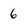
Character: 6